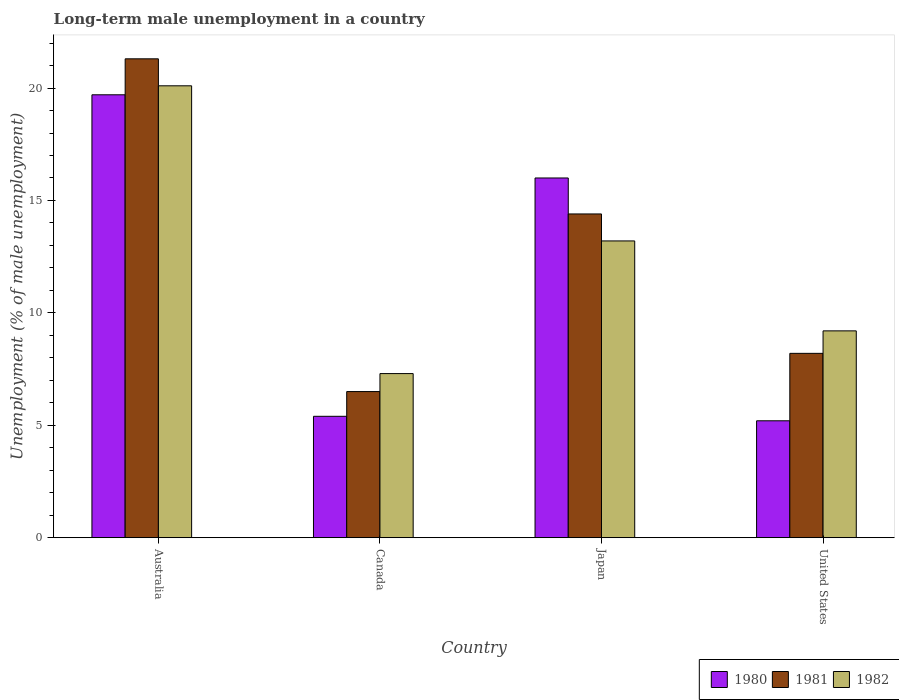
| Country | 1980 | 1981 | 1982 |
 | --- | --- | --- | --- |
 | Australia | 19.7 | 21.3 | 20.1 |
 | Canada | 5.4 | 6.5 | 7.3 |
 | Japan | 16 | 14.4 | 13.2 |
 | United States | 5.2 | 8.2 | 9.2 |